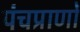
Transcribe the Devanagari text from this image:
पंचप्राणों